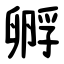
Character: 孵